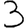
Digit: 3